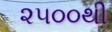
૨૫૦૦થી